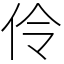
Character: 伶